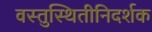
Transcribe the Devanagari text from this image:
वस्तुस्थितीनिदर्शक